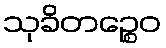
သုခိတဉ္စေဝ